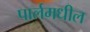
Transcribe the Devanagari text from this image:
पार्लमधील